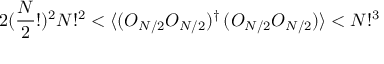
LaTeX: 2 ( \frac { N } { 2 } ! ) ^ { 2 } N ! ^ { 2 } < \langle ( O _ { N / 2 } O _ { N / 2 } ) ^ { \dagger } \, ( O _ { N / 2 } O _ { N / 2 } ) \rangle < N ! ^ { 3 }